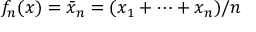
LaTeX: f _ { n } ( x ) = { \bar { x } } _ { n } = ( x _ { 1 } + \cdots + x _ { n } ) / n